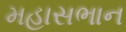
મહાસભાન